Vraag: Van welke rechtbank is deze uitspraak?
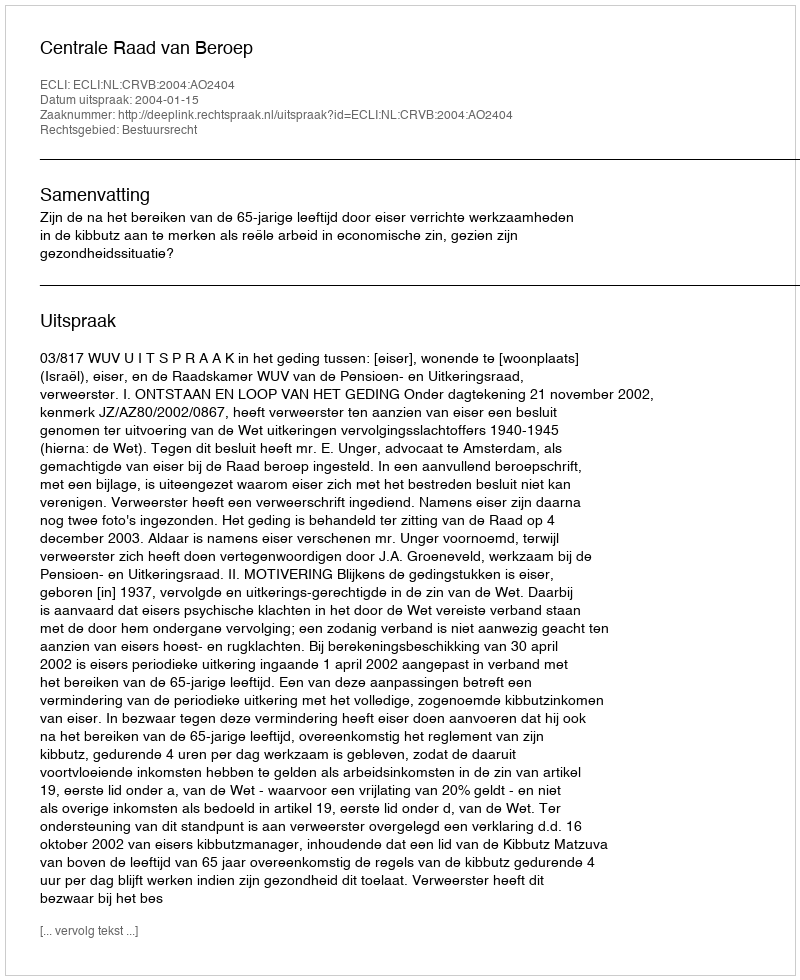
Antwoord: Centrale Raad van Beroep